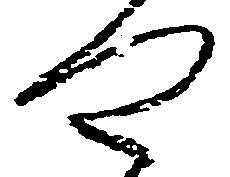
や